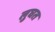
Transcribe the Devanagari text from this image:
लुघत